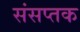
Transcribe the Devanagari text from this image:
संसप्तक